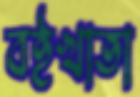
বইখাতা